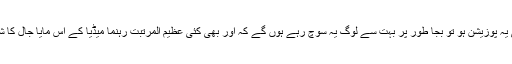
جب وزیر اعظم کی یہ پوزیشن ہو تو بجا طور پر بہت سے لوگ یہ سوچ رہے ہوں گے کہ اور بھی کئی عظیم المرتبت رہنما میڈیا کے اس مایا جال کا شکار رہے ہوں گے۔